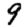
Digit: 9